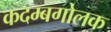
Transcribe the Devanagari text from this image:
कदम्बगोलक